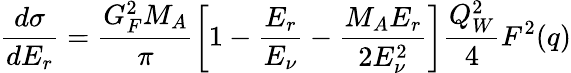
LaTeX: \frac{d\sigma}{dE_{r}}=\frac{G_{F}^{2}M_{A}}{\pi}\left[1-\frac{E_{r}}{E_{\nu}}-\frac{M_{A}E_{r}}{2E_{\nu}^{2}}\right]\frac{Q_{W}^{2}}{4}F^{2}(q)